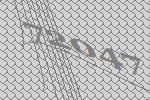
72047